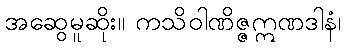
အဆွေမူဆိုး။ ကသိဝါဏိဇ္ဇဣဏဒါနံ၊